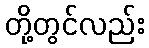
တို့တွင်လည်း